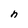
Character: n